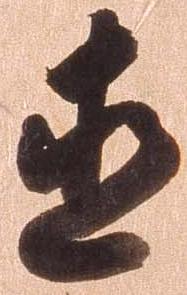
直